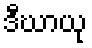
ဒီဃာယု